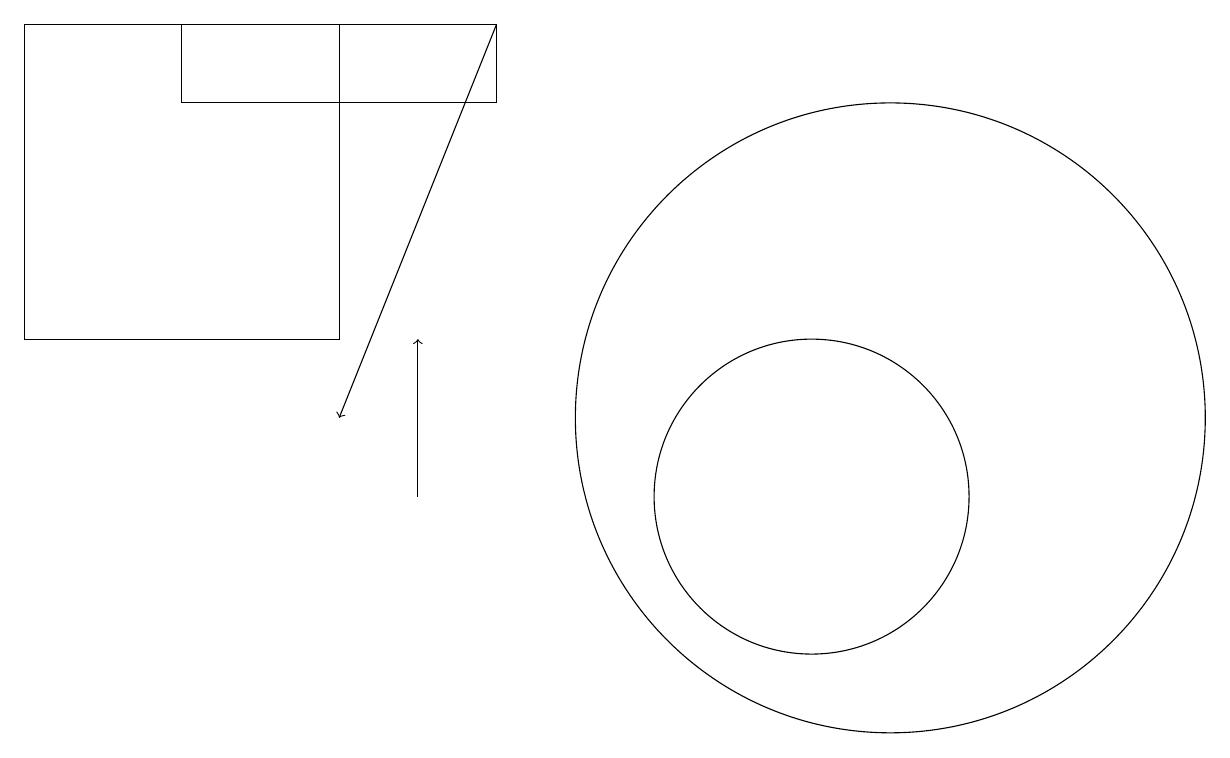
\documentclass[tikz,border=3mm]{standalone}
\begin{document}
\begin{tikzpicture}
\draw (3,16) rectangle (7,15);
\draw (11,10) circle (2);
\draw (5,12) rectangle (1,16);
\draw[->] (6,10) -- (6,12);
\draw[->] (7,16) -- (5,11);
\draw (12,11) circle (4);
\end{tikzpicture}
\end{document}